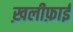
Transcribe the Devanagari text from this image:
ख़लीफ़ाई